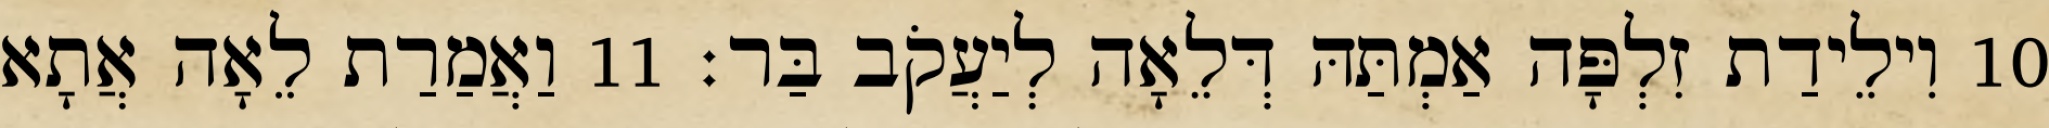
10 וִילֵידַת זִלְפָּה אַמְתַּהּ דְּלֵאָה לְיַעֲקֹב בַּר׃ 11 וַאֲמַרַת לֵאָה אֲתָא